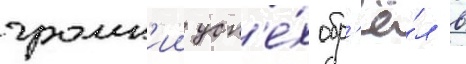
громк'ии усп'е́х обр'ё́л в